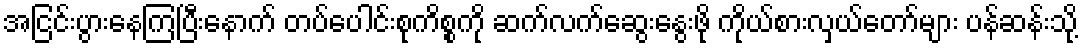
အငြင်းပွားနေကြပြီးနောက် တပ်ပေါင်းစုကိစ္စကို ဆက်လက်ဆွေးနွေးဖို ကိုယ်စားလှယ်တော်များ ပန်ဆန်းသို့